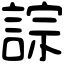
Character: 誴